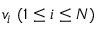
v _ { i } ~ ( 1 \leq i \leq N )